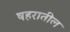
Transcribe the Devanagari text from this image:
षहरातील